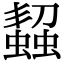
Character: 𧑨